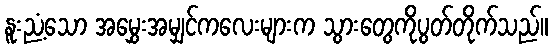
နူးညံ့သော အမွှေးအမျှင်ကလေးများက သွားတွေကိုပွတ်တိုက်သည်။